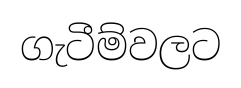
ගැටීම්වලට